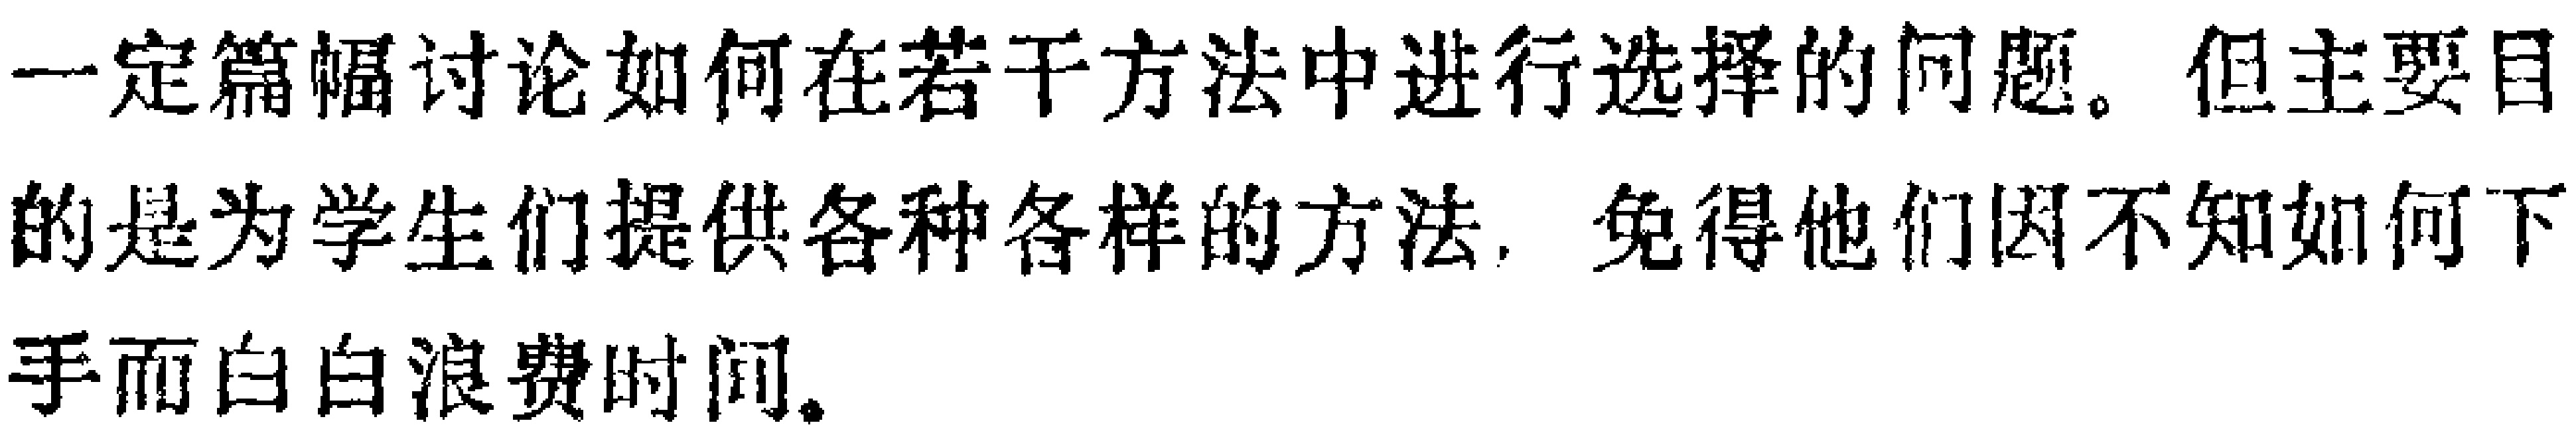
一定篇幅讨论如何在若干方法中进行选择的问题。但主要目的是为学生们提供各种各样的方法，免得他们因不知如何下手而白白浪费时间。